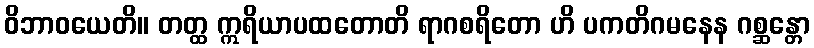
ဝိဘာဝယေတိ။ တတ္ထ ဣရိယာပထတောတိ ရာဂစရိတော ဟိ ပကတိဂမနေန ဂစ္ဆန္တော